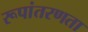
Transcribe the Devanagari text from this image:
रूपांतरणता